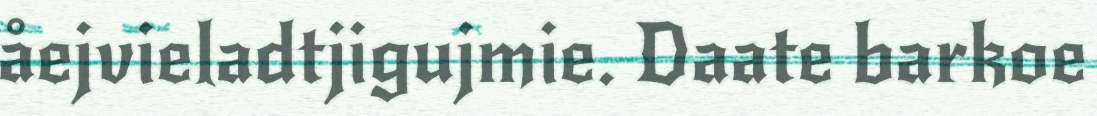
åejvieladtjigujmie. Daate barkoe